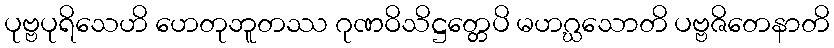
ပုဗ္ဗပုရိသေဟိ ဟေတုဘူတဿ ဂုဏဝိသိဋ္ဌတ္တေပိ မဟဂ္ဃသောတိ ပဗ္ဗဇိတေနာတိ